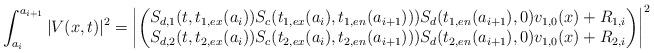
LaTeX: \begin{align*} \int_{a_i}^{a_{i+1}}|V(x,t)|^2=\left|\begin{pmatrix} S_{d,1}(t,t_{1,ex}(a_i))S_c(t_{1,ex}(a_i),t_{1,en}(a_{i+1})))S_d(t_{1,en}(a_{i+1}),0)v_{1,0}(x)+R_{1,i}\\S_{d,2}(t,t_{2,ex}(a_i))S_c(t_{2,ex}(a_i),t_{2,en}(a_{i+1})))S_d(t_{2,en}(a_{i+1}),0)v_{1,0}(x)+R_{2,i}\end{pmatrix}\right|^2\end{align*}